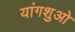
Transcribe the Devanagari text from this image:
यांगशुओ